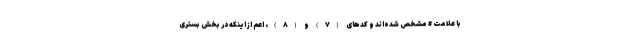
با علامت # مشخص شده‌اند و کدهای (۷) و (۸)، اعم از اینکه در بخش بستری